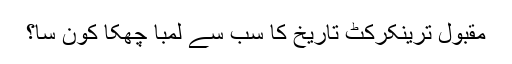
مقبول ترینکرکٹ تاریخ کا سب سے لمبا چھکا کون سا؟